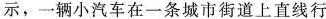
示，一辆小汽车在一条城市街道上直线行